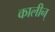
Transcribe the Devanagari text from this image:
कालीन्